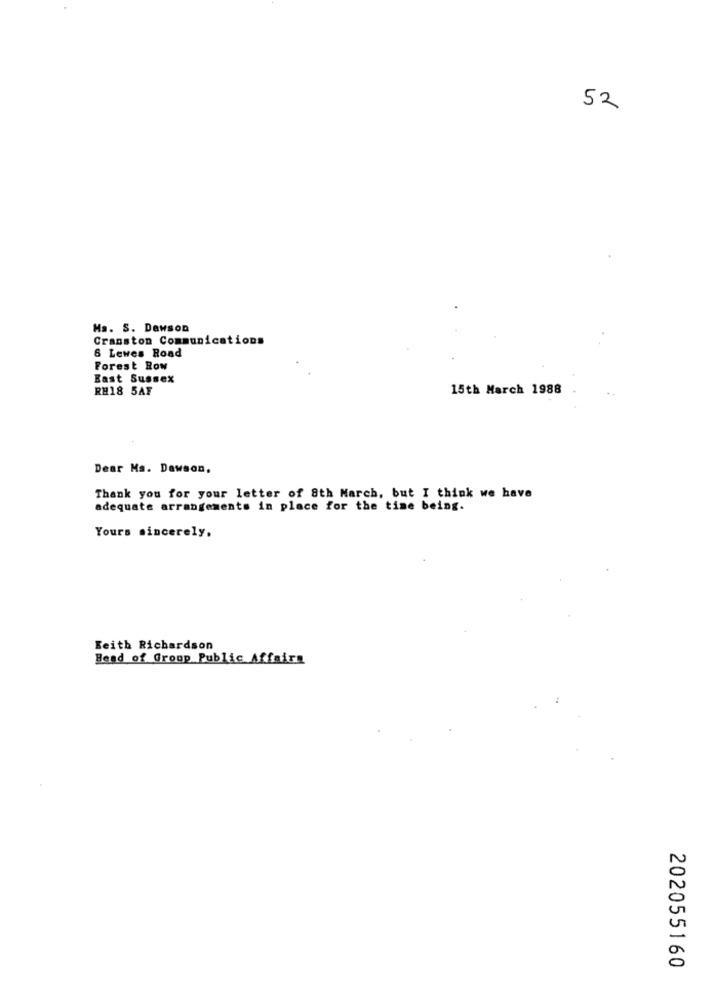
52
Ms. S. Dawson
Cranston Communications
6 Lewes Road
Forest Row
East Sussex
RH18 5AF
15th March 1988
Dear Ms. Dawson,
Thank you for your letter of 8th March, but I think we have
adequate arrangements in place for the time being.
Yours sincerely.
Keith Richardson
Head of Group Public Affairs
202055160